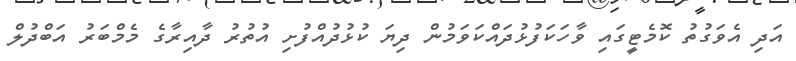
އަދި އެވަގުތު ކޮމެޓީގައިި ވާހަކަފުޅުދައްކަވަމުން ދިޔަ ކުޅުދުއްފުށި އުތުރު ދާއިރާގެ މެމްބަރު އަބްދުލް